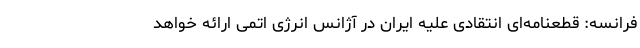
فرانسه: قطعنامه‌ای انتقادی علیه ایران در آژانس انرژی اتمی ارائه خواهد